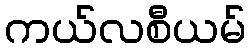
ကယ်လစီယမ်